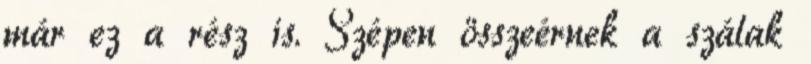
már ez a rész is. Szépen összeérnek a szálak